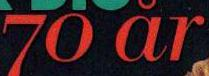
70 år